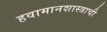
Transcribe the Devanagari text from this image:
हवामानशास्त्राची